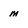
Character: m